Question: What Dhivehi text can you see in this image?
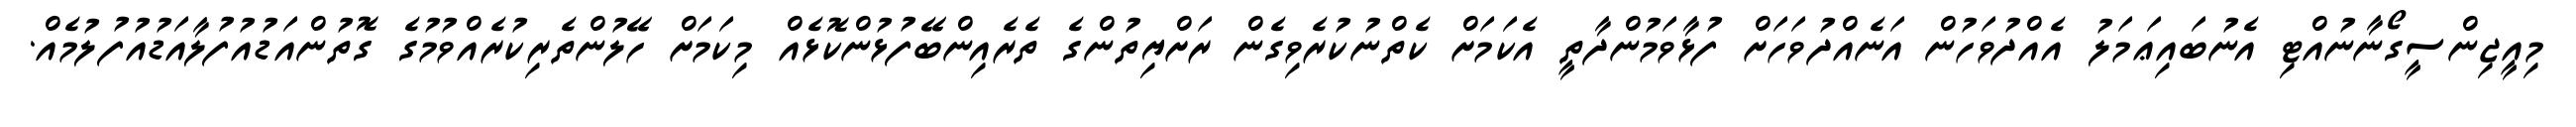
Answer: މިއީޖިންސީގޯނާނުއްޓި އެނުބައިޢަމަލު އެއްދުވަހުން އަނެއްދުވަހަށް ފުޅާވަމުންދާތީ އެކަމަށް ކެތްނުކުރެވިގެން ރަށްޔިތުންގެ ތެރެއިންބޭފުޅުންކޮޅެއް މިކަމަށް ހޭލުންތެރިކުރެއްވުމުގެ ގޮތުންއަޑުއުފުލާއަޑުއުފުލުމެއް.